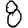
Digit: 8